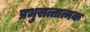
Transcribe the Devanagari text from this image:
प्रभुसत्तात्मक